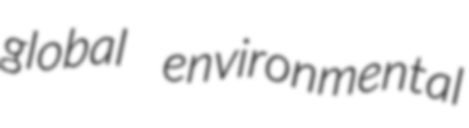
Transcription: global environmental